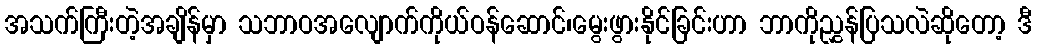
အသက်ကြီးတဲ့အချိန်မှာ သဘာဝအလျောက်ကိုယ်ဝန်ဆောင်၊မွေးဖွားနိုင်ခြင်းဟာ ဘာကိုညွှန်ပြသလဲဆိုတော့ ဒီ